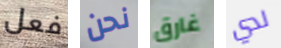
فعل نحن غارق لدي